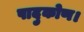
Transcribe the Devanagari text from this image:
पादुकोण।